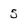
Character: 5